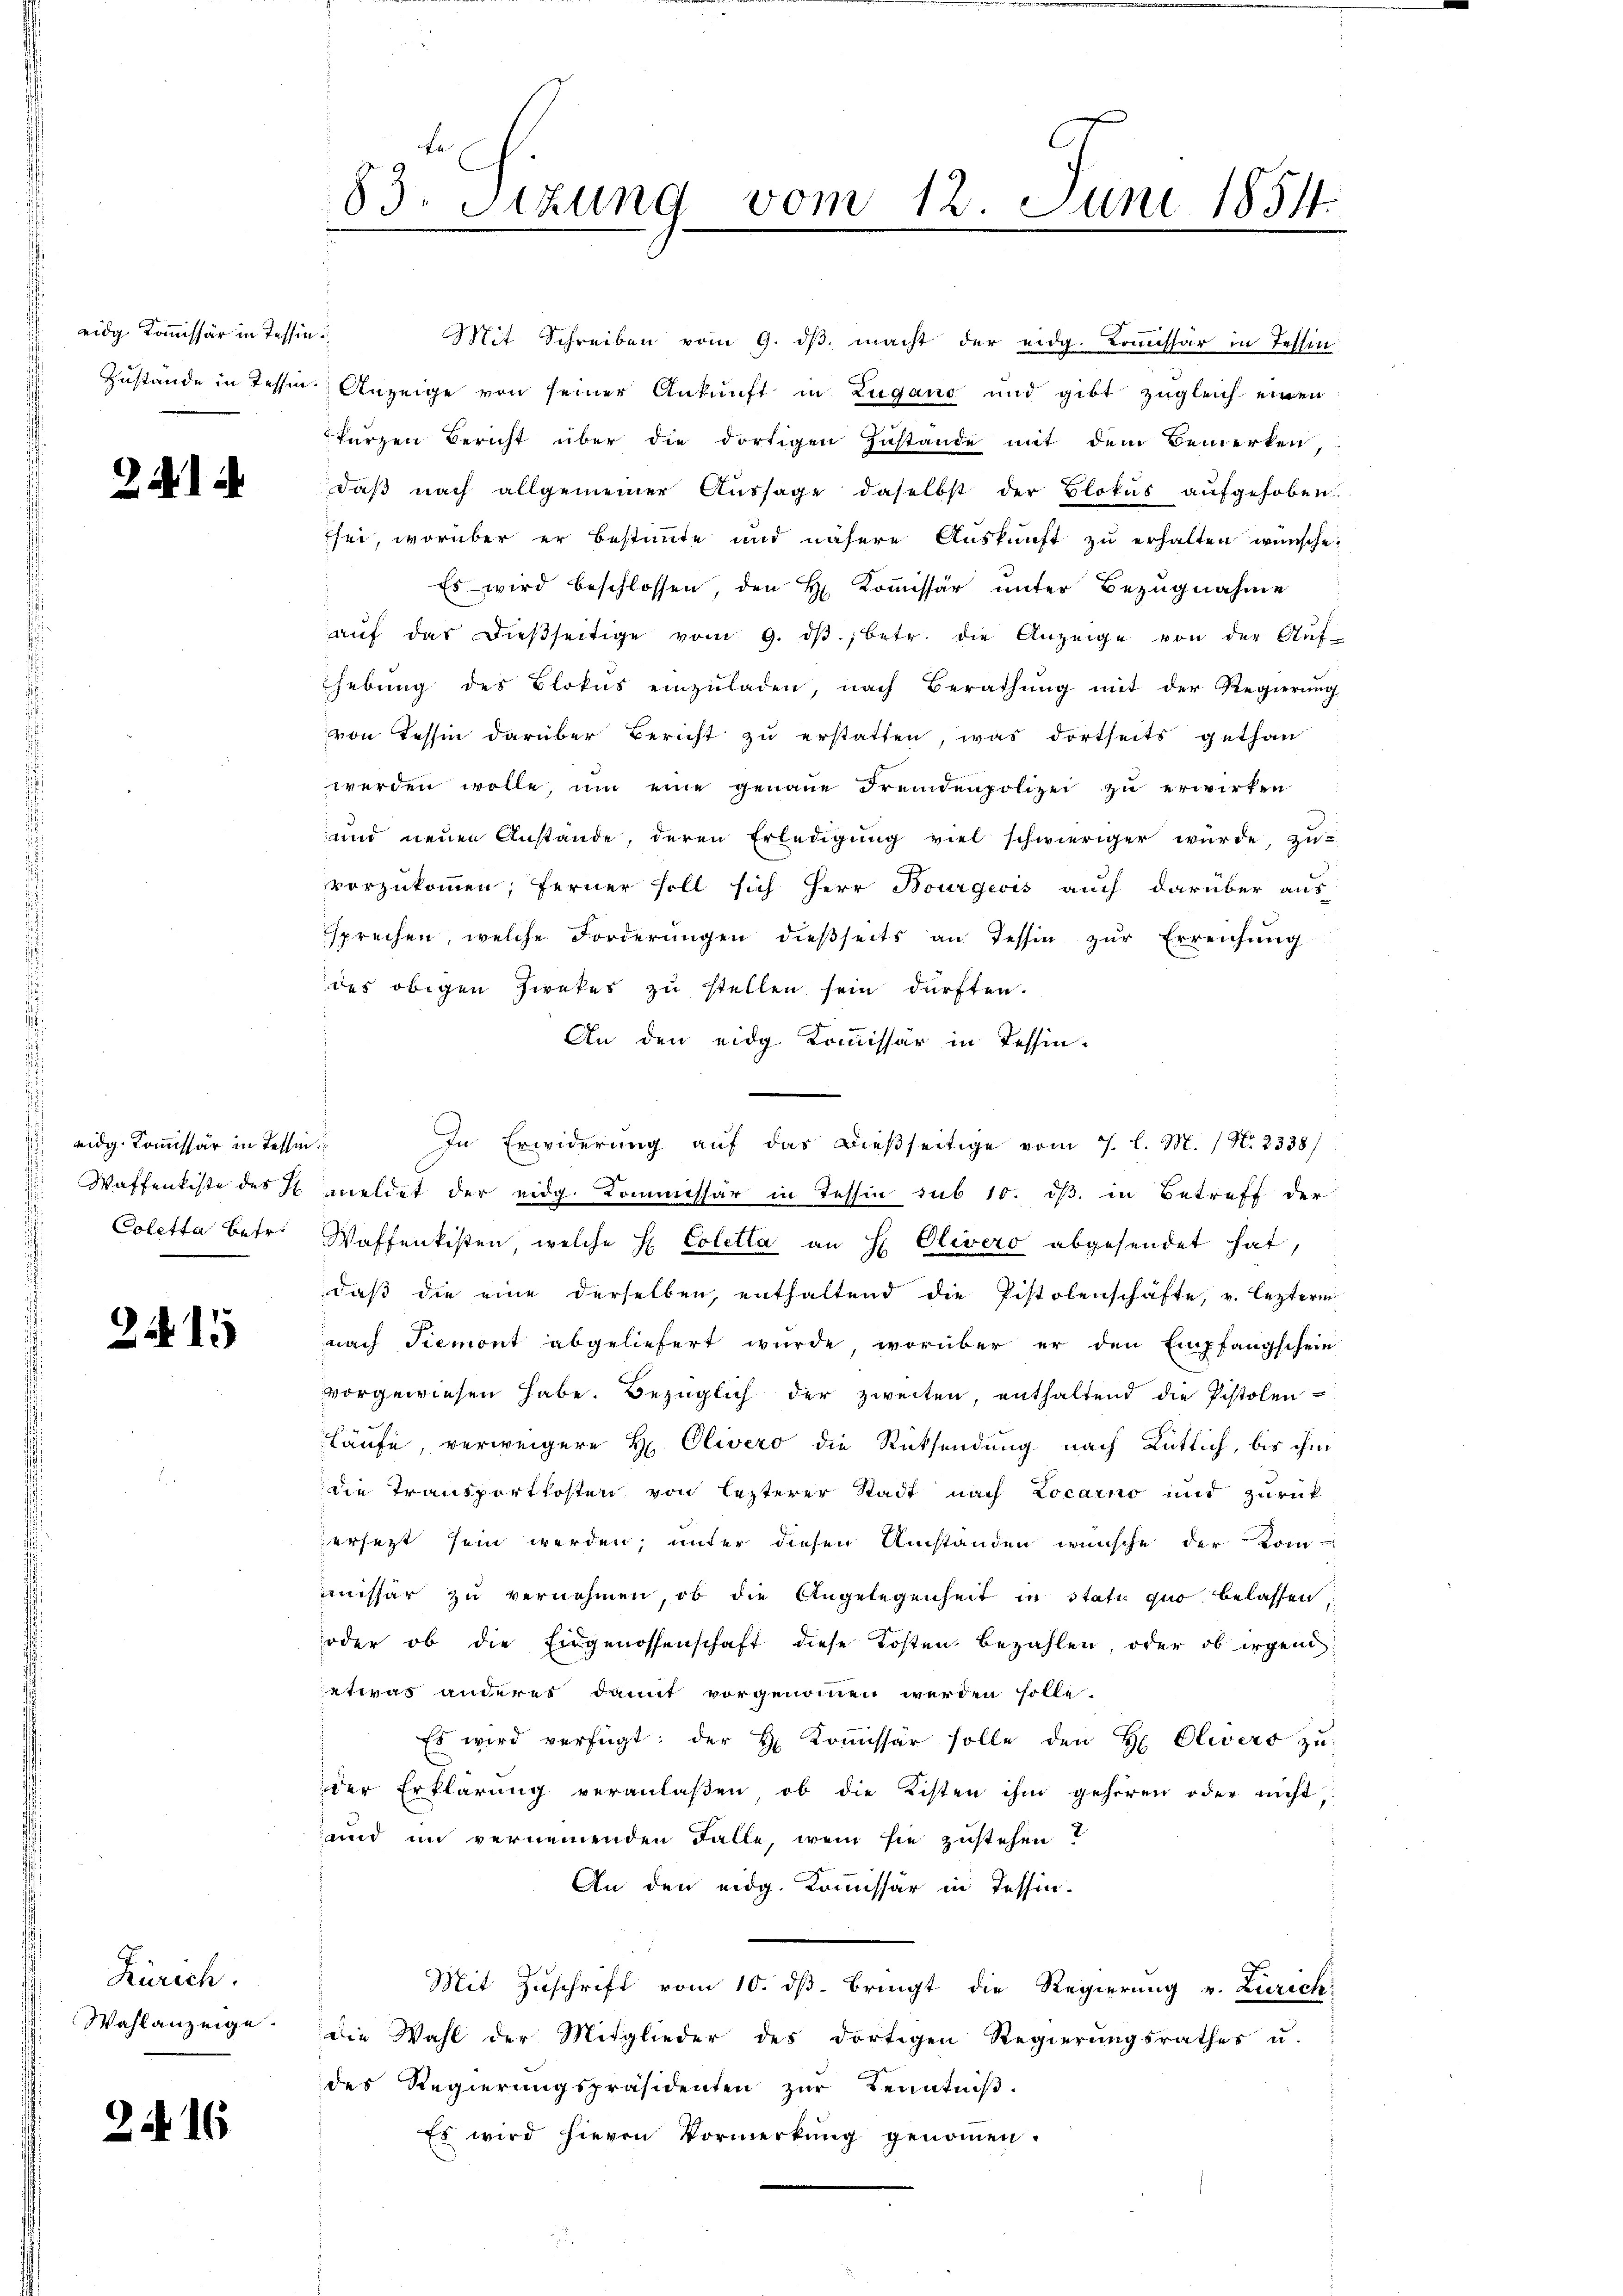
eidg Kommissär in Tessin

d

2

i

eidg. Kommissär in Tessin
Coletta betr.

215

Zürich.
Wahlanzeige.

2. 16

Zustande in Tessin Anzeige von seiner Ankunft in Zugano und gibt zugleich einen
kurzen Bericht über die dortigen Zustande mit dem Bemerken,
daß nach allgemeiner Aussage daselbst der Blokus aufgehoben.
sei, worüber er bestimmte und nähere Auskunft zu erhalten wünsche.
Es wird beschlossen, den H. Kommissär unter Bezugnahme
aŭf das dießseitige vom 9. dβ.; betr. die Anzeige von der Auf-
hebŭng des Blokus einzŭladen, nach Berathŭng mit der Regierŭng
von Tessin darüber Bericht zu erstatten, was dortseits gethan
werden wolle, ŭm eine genaue Fremdenpolizei zŭ erwirken
und neuen Anstände, deren Erledigŭng viel schwieriger würde, zŭ-
vorzukommen; ferner soll sich Herr Bourgeois auch darüber aus
sprechen, welche Forderŭngen dieβseits an Tessin zŭr Erreichŭng
des obigen Zwekes zu stellen sein dürften.
An den eidg. Kommissär in Tessin-
In Erwiderung auf das dießseitige vom 7. l. M. / N. 2338/
Waffenkiste des I meldet der eidg. Kommissär in Tessin sub 10. dβ in Betreff der
Waffenkisten, welche H. Coletta an H. Olivero abgesendet hat,
daß die eine derselben, enthaltend die Pistolenschäfte, v. lezterm
nach Piemont abgeliefert wurde, worüber er den Empfangschein
vorgewiesen habe. Bezüglich der zweiten, enthaltend die Pistolen
läufe, verweigere H. Olivero die Rücksendung nach Rütlich, bis ihm
die Transportkosten von lezterer Stadt nach Locarno und zurück
ersetzt sein werden, unter diesen Umständen wünsche der Kom-
missar zu vernehmen, ob die Angelegenheit in Statu quo belassen,
oder ob die Eidgenossenschaft diese Kosten bezahlen, oder ob irgend
etwas anderes damit vorgenommen werden solle.
Es wird verfügt: der H. Koṁissär solle den H Olivers zŭ
der Erklärung veranlaßen, ob die Kisten ihm gehören oder nicht,
und im vernemenden Falle, wem sie zustehen?
An den eidg. Kommissär in Tessin.
Mit Zuschrift vom 10. ds. bringt die Regierung v. Zürich:
die Wahl der Mitglieder des dortigen Regierungsrathes u.
des Regierungspräsidenten zur Kenntniß.
Es wird hievon Vormerkung genommen.

83. Sitzung vom 12. Juni 1854.
2

Mit Schreiben vom 9. dβ macht der eidg. Kommissär in Tessin